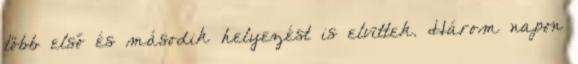
több első és második helyezést is elvittek. Három napon